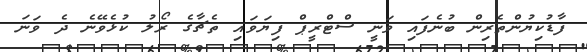
ފާޑުކިޔުންތެރިން ބުނެފައި ވަނީ ސްޓްރީޕް ފިޔަވައި ތެޗާގެ ރޯލު ކުޅެވޭނެ ދެ ވަނަ